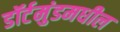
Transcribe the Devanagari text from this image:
डॉर्टमुंडमधील